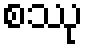
စဿု